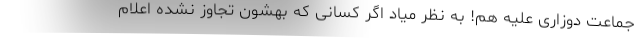
جماعت دوزاری علیه هم! به نظر میاد اگر کسانی که بهشون تجاوز نشده اعلام